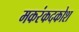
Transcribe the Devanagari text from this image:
मकरंकदकोश